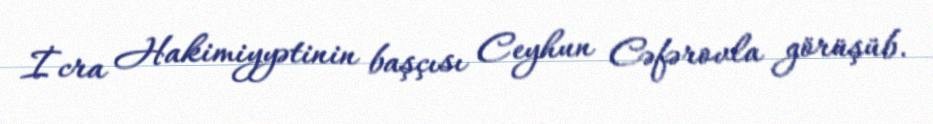
İcra Hakimiyyətinin başçısı Ceyhun Cəfərovla görüşüb.